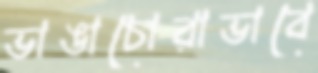
ভাঙাচোরাভাবে